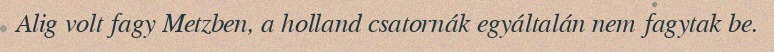
Alig volt fagy Metzben, a holland csatornák egyáltalán nem fagytak be.